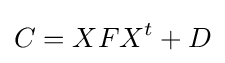
C=XFX^{t}+D